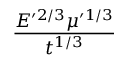
\frac { E ^ { \prime 2 / 3 } \mu ^ { \prime 1 / 3 } } { t ^ { 1 / 3 } }